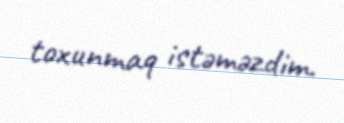
toxunmaq istəməzdim.